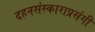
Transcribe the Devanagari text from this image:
दहनसंस्काराप्रसंगी